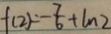
f ( 2 ) = - \frac { 7 } { 6 } + \ln 2